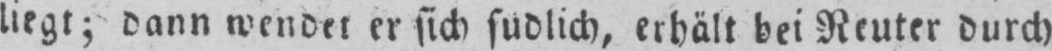
erhält bei Reuter durch